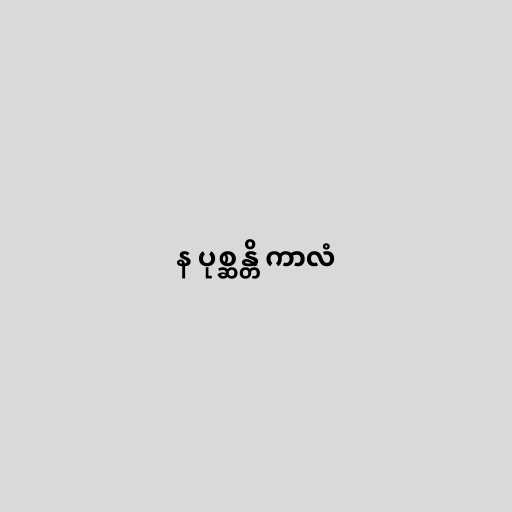
န ပုစ္ဆန္တိ ကာလံ